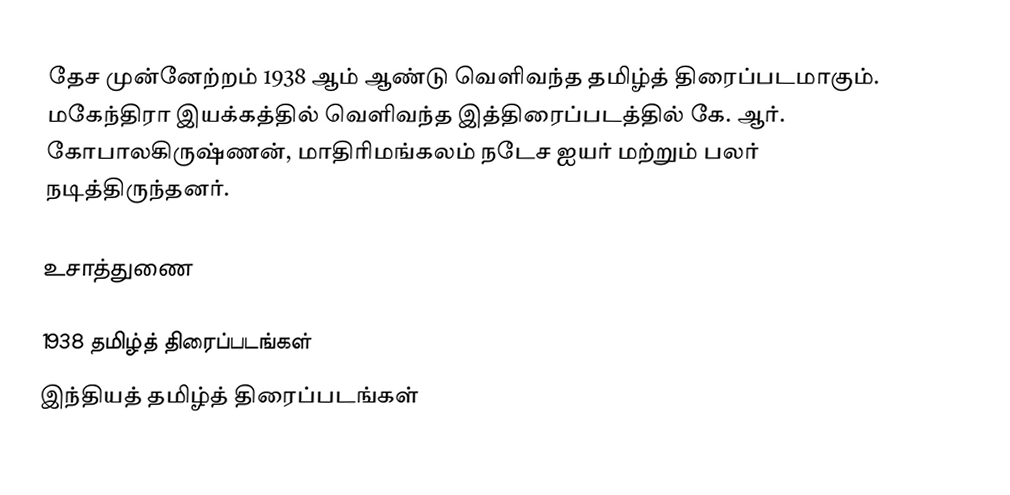
தேச முன்னேற்றம் 1938 ஆம் ஆண்டு வெளிவந்த தமிழ்த் திரைப்படமாகும். மகேந்திரா இயக்கத்தில் வெளிவந்த இத்திரைப்படத்தில் கே. ஆர். கோபாலகிருஷ்ணன், மாதிரிமங்கலம் நடேச ஐயர் மற்றும் பலர் நடித்திருந்தனர்.

உசாத்துணை

1938 தமிழ்த் திரைப்படங்கள்
இந்தியத் தமிழ்த் திரைப்படங்கள்